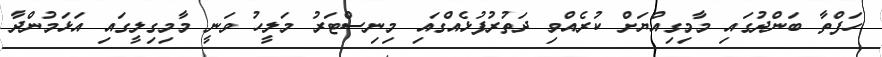
ހަފްތާ ބަންދުގައި މާމިގިއްޔަށް ކުރެއްވި ދަތުރުފުޅެއްގައި މިނިސްޓަރު މަލީހު ވަނީ މާމިގިލީގައި އަޅަމުންދާ